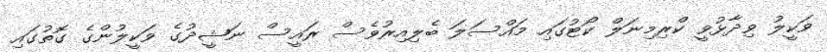
ވަކީލު ވިދާޅުވީ ކްރިމިނަލް ކޯޓުގައި މައްސަލަ ބެލިއިރުވެސް ރައީސް ނަޝީދުގެ ވަކީލުންގެ ގޮތުގައި